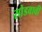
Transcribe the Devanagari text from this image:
सोडवावी